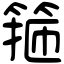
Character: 箍